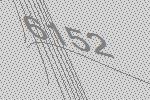
6152